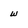
Character: w